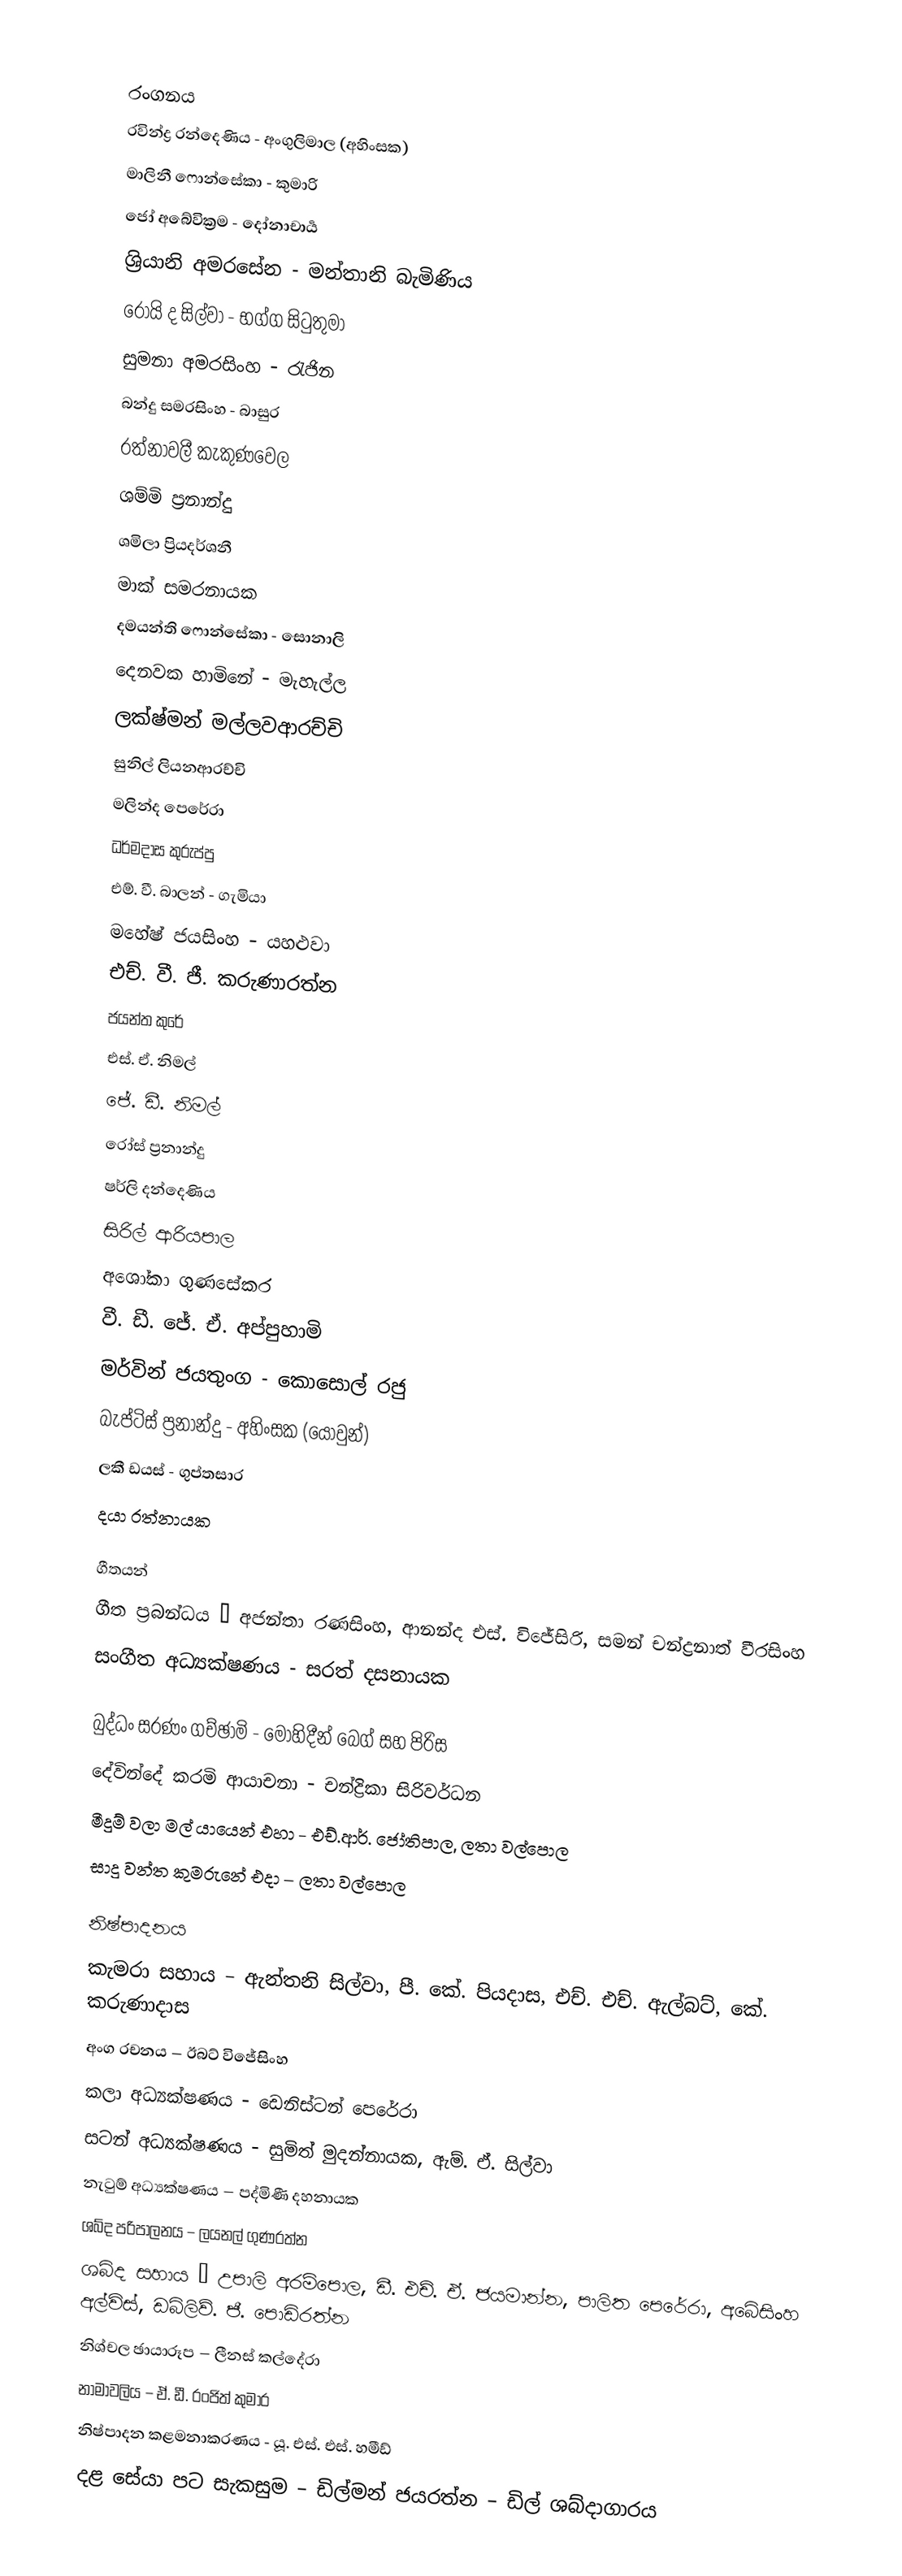

රංගනය
රවින්ද්‍ර රන්දෙණිය - අංගුලිමාල (අහිංසක)
මාලිනී ෆොන්සේකා - කුමාරි
ජෝ අබේවික්‍රම - දෝනාචාර්‍ය
ශ්‍රියානි අමරසේන - මන්තානි බැමිණිය
රෝයි ද සිල්වා - භග්ග සිටුතුමා
සුමනා අමරසිංහ - රැජින
බන්දු සමරසිංහ - බාසුර
රත්නාවලී කැකුණවෙල
ශම්මි ප්‍රනාන්දු
ශමිලා ප්‍රියදර්ශනී
මාක් සමරනායක
දමයන්ති ෆොන්සේකා - සොනාලි
දෙනවක හාමිනේ - මැහැල්ල
ලක්ෂ්මන් මල්ලවආරච්චි
සුනිල් ලියනආරච්චි
මලින්ද පෙරේරා
ධර්මදාස කුරුප්පු
එම්. වී. බාලන් - ගැමියා
මහේෂ් ජයසිංහ - යහළුවා
එච්. වී. ජී. කරුණාරත්න
ජයන්ත කුරේ
එස්. ඒ. නිමල්
ජේ. ඩී. නිමල්
රෝස් ප්‍රනාන්දු
ෂර්ලි දන්දෙණිය
සිරිල් ආරියපාල
අශෝකා ගුණසේකර
වී. ඩී. ජේ. ඒ. අප්පුහාමි
මර්වින් ජයතුංග - කොසොල් රජු
බැප්ටිස් ප්‍රනාන්දු - අහිංසක (යොවුන්)
ලකී ඩයස් - ගුප්තසාර
දයා රත්නායක

ගීතයන්
ගීත ප්‍රබන්ධය – අජන්තා රණසිංහ, ආනන්ද එස්. විජේසිරි, සමන් චන්ද්‍රනාත් වීරසිංහ
සංගීත අධ්‍යක්ෂණය - සරත් දසනායක

බුද්ධං සරණං ගච්ඡාමි - මොහිදීන් බෙග් සහ පිරිස
දේවින්දේ කරමි ආයාචනා - චන්ද්‍රිකා සිරිවර්ධන
මීදුම් වලා මල් යායෙන් එහා - එච්.ආර්. ජෝතිපාල, ලතා වල්පොල
සාදු වන්ත කුමරුනේ එදා – ලතා වල්පොල

නිෂ්පාදනය
කැමරා සහාය – ඇන්තනි සිල්වා, පී. කේ. පියදාස, එච්. එච්. ඇල්බට්, කේ. කරුණාදාස
අංග රචනය – ඊබට් විජේසිංහ
කලා අධ්‍යක්ෂණය - ඩෙනිස්ටන් පෙරේරා
සටන් අධ්‍යක්ෂණය - සුමිත් මුදන්නායක, ඇම්. ඒ. සිල්වා
නැටුම් අධ්‍යක්ෂණය – පද්මිණී දහනායක
ශබ්ද පරිපාලනය – ලයනල් ගුණරත්න
ශබ්ද සහාය – උපාලි අරම්පොල, ඩී. එච්. ඒ. ජයමාන්න, පාලිත පෙරේරා, අබේසිංහ අල්විස්, ඩබ්ලිව්. ජී. පොඩිරත්න
නිශ්චල ඡායාරූප – ලීනස් කල්දේරා
නාමාවලිය – ඒ. ඩී. රංජිත් කුමාර
නිෂ්පාදන කළමනාකරණය - යූ. එස්. එස්. හමීඩ්
දළ සේයා පට සැකසුම – ඩිල්මන් ජයරත්න – ඩිල් ශබ්දාගාරය